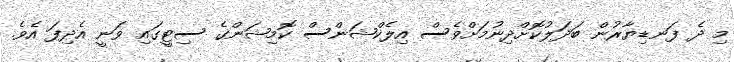
މި ދެ ފަނޑިޔާރުން ބަދަލުކޮށްދިނުމަށްވެސް އިލެކްޝަންސް ކޮމިޝަންގެ ސިޓީގައި ވަނީ އެދިފަ އެވެ.